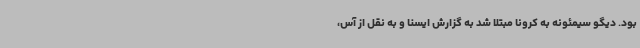
بود. دیگو سیمئونه به کرونا مبتلا شد به گزارش ایسنا و به نقل از آس،